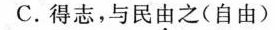
C.得志，与民由之(自由)